Indian journal of veterinary science and animal husbandry - Volumes 15-17, 1948-1951
Year: 1948
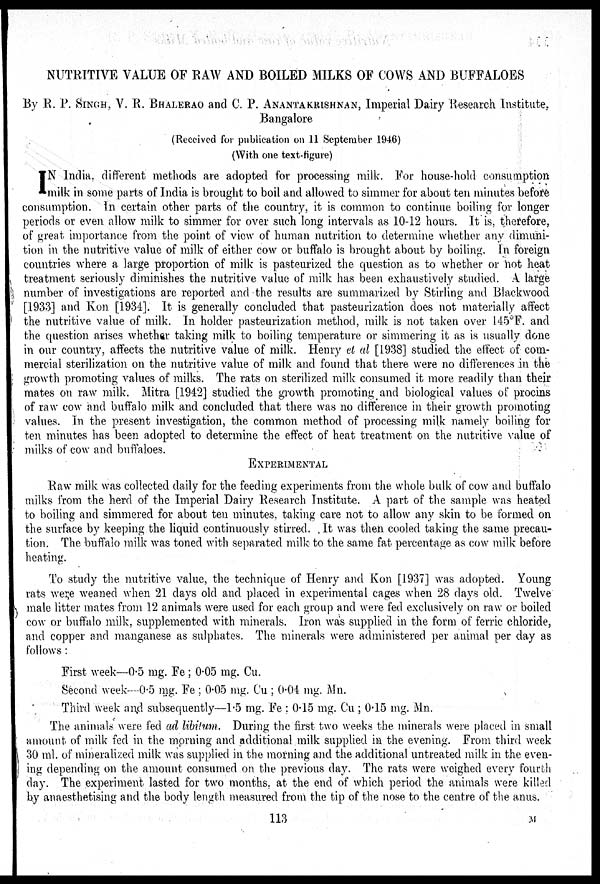
NUTRITIVE VALUE OF RAW AND BOILED MILKS OF COWS AND BUFFALOES
By R. P. SINGH, V. R. BHALERAO and C. P.ANANTAKRISHNAN, Imperial Dairy Research Institute,
Bangalore
(Received for publication on 11 September 1946)
(With one text-figure)
I N India, different methods are adopted for processing milk. For house-hold consumption
milk in some parts of India is brought to boil and allowed to simmer for about ten minutes before
consumption. In certain other parts of the country, it is common to continue boiling for longer
periods or even allow milk to simmer for over such long intervals as 10-12 hours. It is, therefore,
of great importance from the point of view of human nutrition to determine whether any dimnu-
tion in the nutritive value of milk of either cow or buffalo is brought about by boiling. In foreign
countries where a large proportion of milk is pasteurized the question as to whether or not heat
treatment seriously diminishes the nutritive value of milk has been exhaustively studied. A large
number of investigations are reported and the results are summarized by Stirling and Blackwood
[1933] and Kon [1934]. It is generally concluded that pasteurization does not materially affect
the nutritive value of milk. In holder pasteurization method, milk is not taken over 145°F. and
the question arises whether taking milk to boiling temperature or simmering it as is usually done
in our country, affects the nutritive value of milk. Henry et al [1938] studied the effect of com-
mercial sterilization on the nutritive value of milk and found that there were no differences in the
growth promoting values of milks. The rats on sterilized milk consumed it more readily than their
mates on raw milk. Mitra [1942] studied the growth promoting and biological values of procins
of raw cow and buffalo milk and concluded that there was no difference in their growth promoting
values. In the present investigation, the common method of processing milk namely boiling for
ten minutes has been adopted to determine the effect of heat treatment on the nutritive value of
milks of cow and buffaloes.
EXPERIMENTAL
Raw milk was collected daily for the feeding experiments from the whole bulk of cow and buffalo
milks from the herd of the Imperial Dairy Research Institute. A part of the sample was heated
to boiling and simmered for about ten minutes, taking care not to allow any skin to be formed on
the surface by keeping the liquid continuously stirred. It was then cooled taking the same precau-
tion. The buffalo milk was toned with separated milk to the same fat percentage as cow milk before
heating.
To study the nutritive value, the technique of Henry and Kon [1937] was adopted. Young
rats were weaned when 21 days old and placed in experimental cages when 28 days old. Twelve
male litter mates from 12 animals were used for each group and were fed exclusively on raw or boiled
cow or buffalo milk, supplemented with minerals. Iron was supplied in the form of ferric chloride,
and copper and manganese as sulphates. The minerals were administered per animal per day as
follows:
First week—0.5 mg. Fe ; 0.05 mg. Cu.
Second week—0.5 mg. Fe ; 0.05 mg. Cu ; 0.04 mg. Mn.
Third week and subsequently—1.5 mg. Fe ; 0.15 mg. Cu ; 0.15 mg. Mn.
The animals were fed ad libitum. During the first two weeks the minerals were placed in small
amount of milk fed in the morning and additional milk supplied in the evening. From third week
30 ml. of mineralized milk was supplied in the morning and the additional untreated milk in the even-
ing depending on the amount consumed on the previous day. The rats were weighed every fourth
day. The experiment lasted for two months, at the end of which period the animals were killed
by anaesthetising and the body length measured from the tip of the nose to the centre of the anus.
113
M